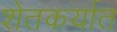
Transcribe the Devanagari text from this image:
शेतकर्यात